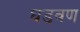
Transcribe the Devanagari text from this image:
घडवण